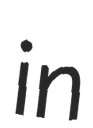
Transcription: in